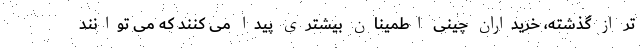
تر از گذشته، خریداران چینی اطمینان بیشتری پیدا می کنند که می توانند